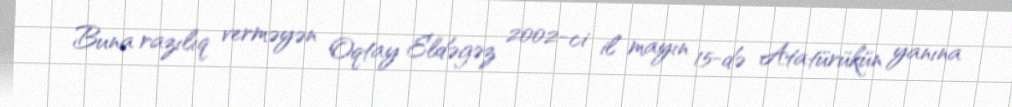
Buna razılıq verməyən Oqtay Eldəgəz 2002-ci il mayın 15-də Atatürükün yanına